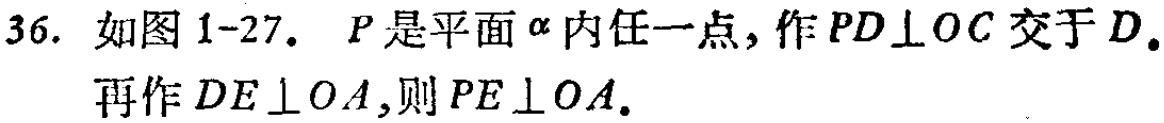
36. 如图 1-27. \(P\)是平面\(\alpha\)内任一点，作\(PD\perp OC\)交于\(D\)。再作\(DE\perp OA\)，则\(PE\perp OA\)。